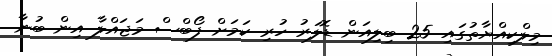
މިލްކިއްޔާތުގައި 25 ބިލިއަން ޑޮލަރު ހުރި ކަމަށް ފޯބްސް މަޖައްލާ އިން ބުނާ